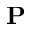
\mathbf { P }